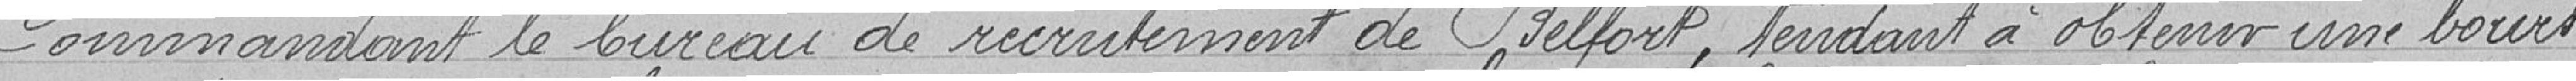
Commandant le bureau de recrutement de Belfort, tendant à obtenir une bourse